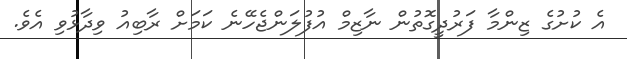
އެ ކުށުގެ ޒިންމާ ފަރުދީގޮތުން ނާޒިމް އުފުލަންޖެހޭނެ ކަމަށް ރާބިއު ވިދާޅުވި އެވެ.